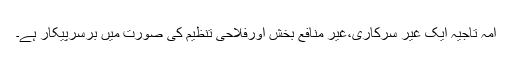
امہ تاجیہ ایک غیر سرکاری،غیر منافع بخش اورفلاحی تنظیم کی صورت میں برسرپیکار ہے۔